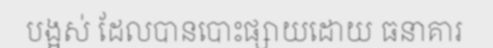
បង្អស់ ដែលបានបោះផ្សាយដោយ ធនាគារ